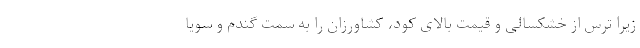
زیرا ترس از خشکسالی و قیمت بالای کود، کشاورزان را به سمت گندم و سویا